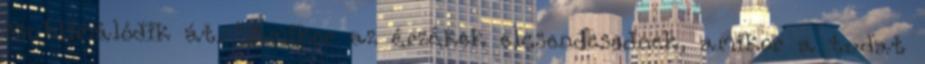
szublimálódik át. "Amikor az érzékek elcsendesednek, amikor a tudat